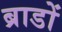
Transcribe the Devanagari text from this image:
ब्राडों